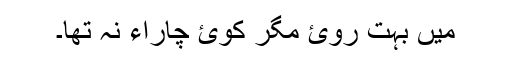
میں بہت روئ مگر کوئ چاراء نہ تھا۔